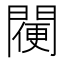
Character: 𨵸